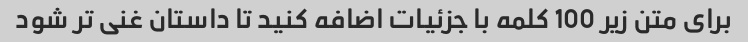
برای متن زیر 100 کلمه با جزئیات اضافه کنید تا داستان غنی تر شود